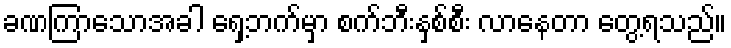
ခဏကြာသောအခါ ရှေ့ဘက်မှာ စက်ဘီးနှစ်စီး လာနေတာ တွေ့ရသည်။